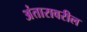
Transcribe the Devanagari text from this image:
अंतारावरील